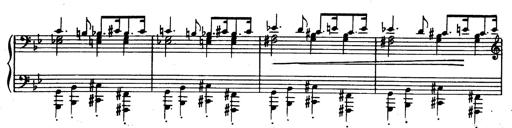
Title: Trauervorspiel und Trauermarsch
Composer: Franz Liszt